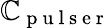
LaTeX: \mathbb{C}_{\mathrm{{~p~u~l~s~e~r~}}}